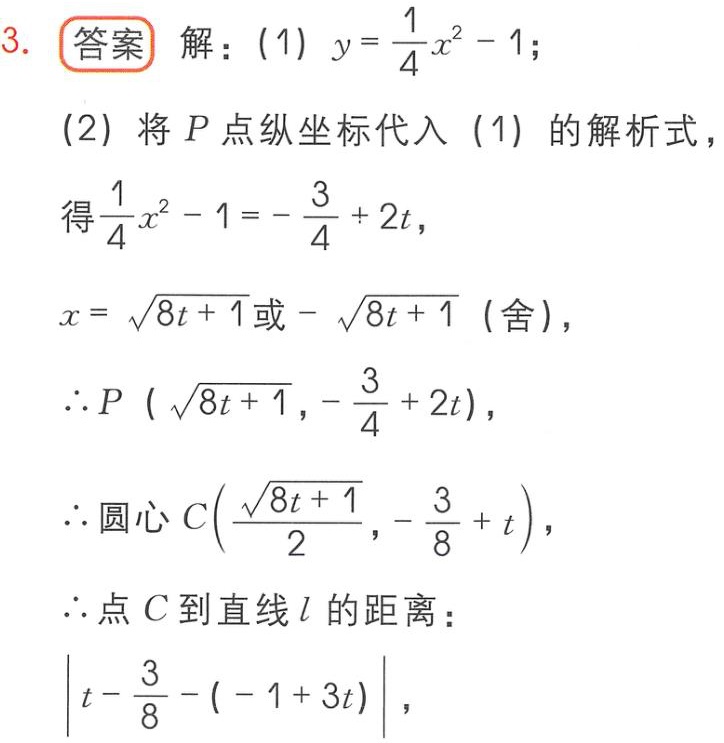
3. 答案 解：(1) \(y = \frac{1}{4}x^{2}-1\)；
(2) 将 \(P\) 点纵坐标代入 (1) 的解析式，
得\(\frac{1}{4}x^{2}-1 = -\frac{3}{4}+2t\)，
\(x = \sqrt{8t + 1}\)或\(-\sqrt{8t + 1}\) (舍)，
\(\therefore P(\sqrt{8t + 1},-\frac{3}{4}+2t)\)，
\(\therefore\)圆心\(C(\frac{\sqrt{8t + 1}}{2},-\frac{3}{8}+t)\)，
\(\therefore\)点 \(C\) 到直线 \(l\) 的距离：
\(\left|t-\frac{3}{8}-(-1 + 3t)\right|\)，